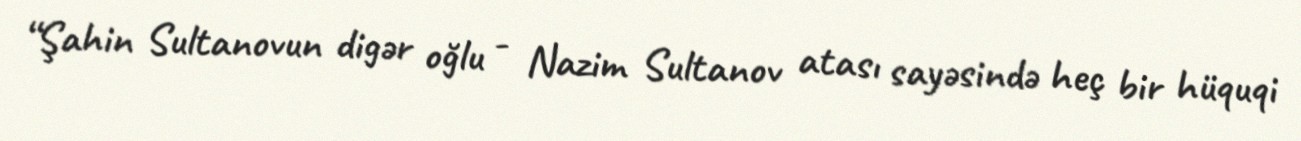
“Şahin Sultanovun digər oğlu - Nazim Sultanov atası sayəsində heç bir hüquqi